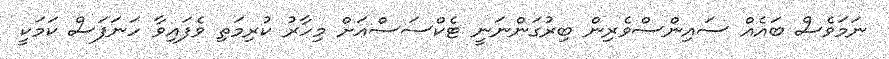
ނަމަވެސް ބައެއް ސައިންސްވެރިން ބިރުގަންނަނީ ޓެކްސަސްއަށް މިހާރު ކުރިމަތި ވެފައިވާ ހަނަފަސް ކަމަކީ